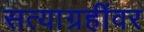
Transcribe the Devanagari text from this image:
सत्याग्रहींवर